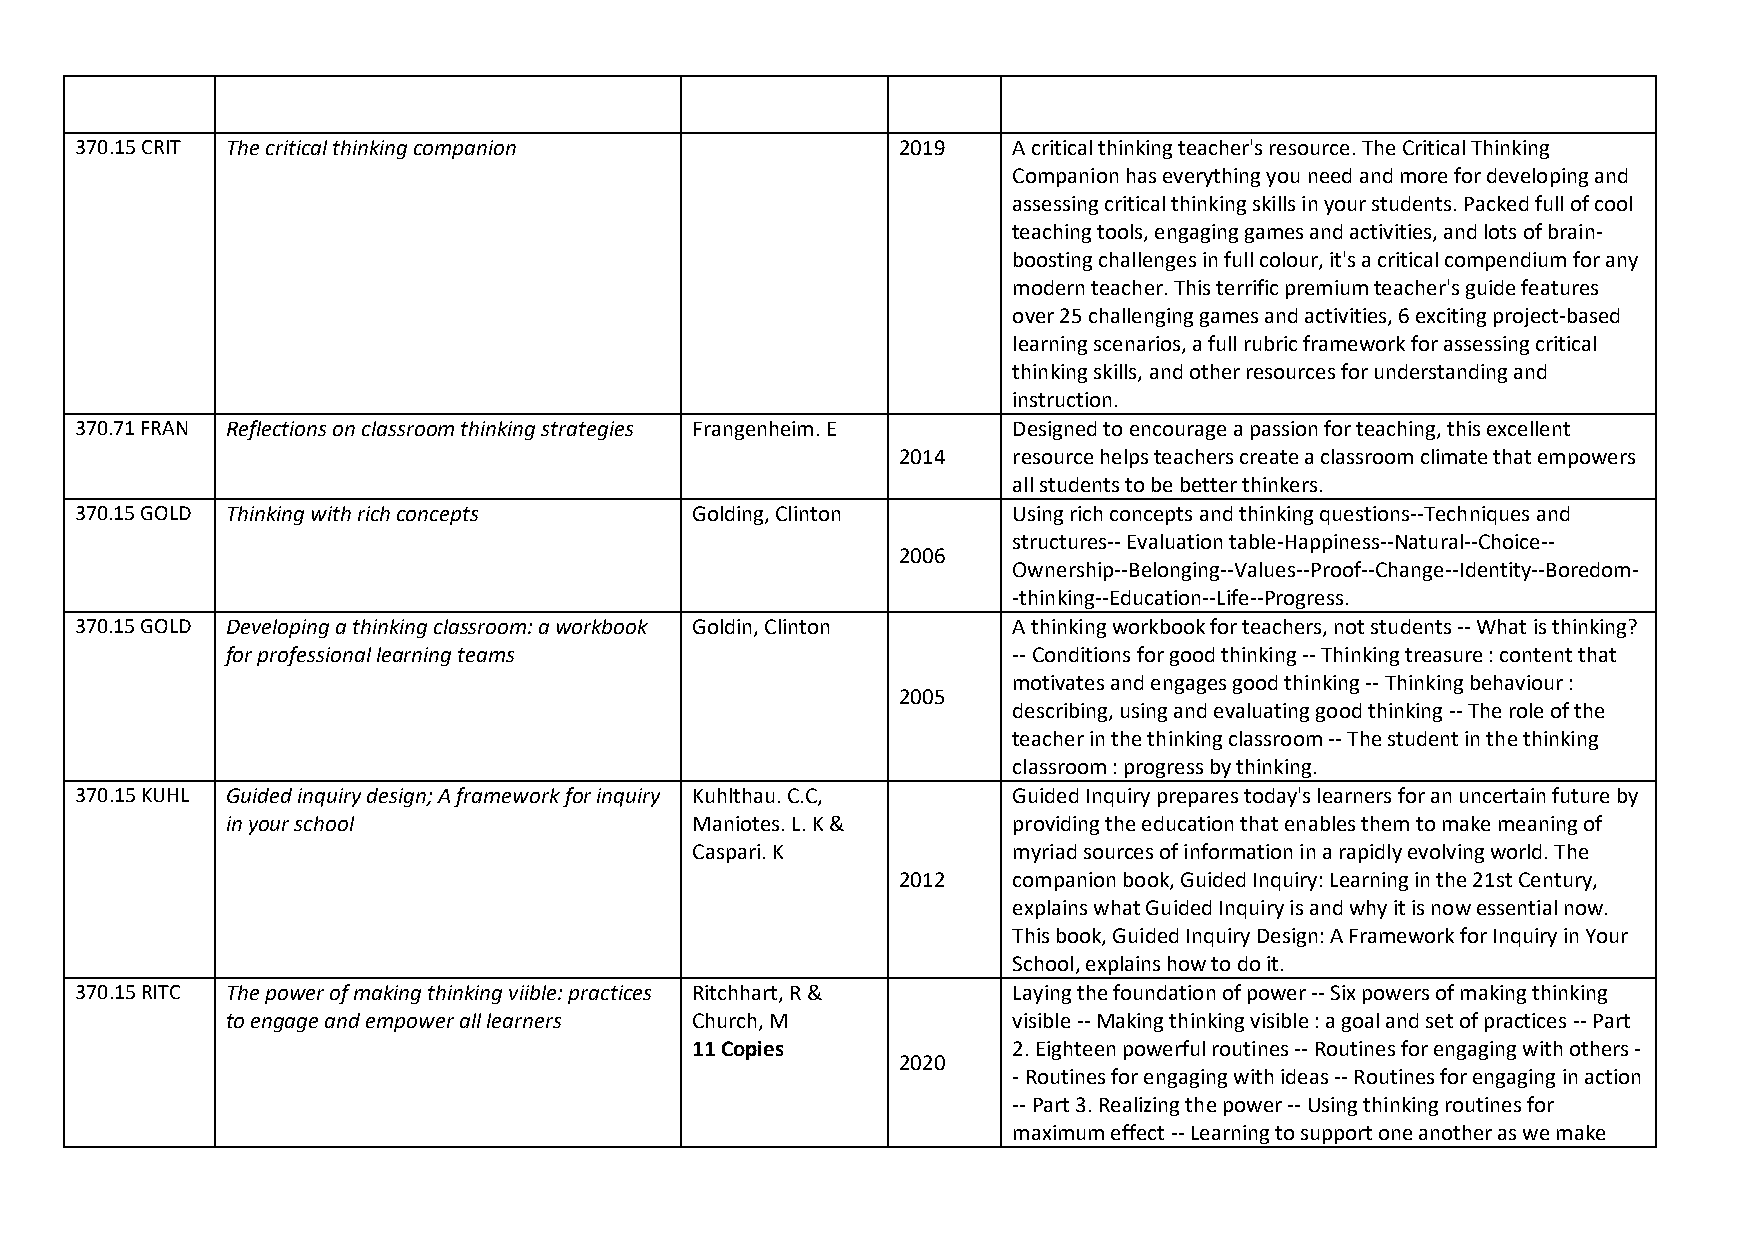
370.15 CRIT The critical thinking companion           2019    A critical thinking teacher's resource. The Critical Thinking
 Companion has everything you need and more for developing and
 assessing critical thinking skills in your students. Packed full of cool
 teaching tools, engaging games and activities, and lots of brain-
 boosting challenges in full colour, it's a critical compendium for any
 modern teacher. This terrific premium teacher's guide features
 over 25 challenging games and activities, 6 exciting project-based
 learning scenarios, a full rubric framework for assessing critical
 thinking skills, and other resources for understanding and
 instruction.
 370.71 FRAN Reflections on classroom thinking strategies Frangenheim. E Designed to encourage a passion for teaching, this excellent
 2014    resource helps teachers create a classroom climate that empowers
 all students to be better thinkers.
 370.15 GOLD Thinking with rich concepts  Golding, Clinton     Using rich concepts and thinking questions--Techniques and
 structures-- Evaluation table-Happiness--Natural--Choice--
 2006
 Ownership--Belonging--Values--Proof--Change--Identity--Boredom-
 -thinking--Education--Life--Progress.
 370.15 GOLD Developing a thinking classroom: a workbook Goldin, Clinton A thinking workbook for teachers, not students -- What is thinking?
 for professional learning teams                     -- Conditions for good thinking -- Thinking treasure : content that
 motivates and engages good thinking -- Thinking behaviour :
 2005
 describing, using and evaluating good thinking -- The role of the
 teacher in the thinking classroom -- The student in the thinking
 classroom : progress by thinking.
 370.15 KUHL Guided inquiry design; A framework for inquiry Kuhlthau. C.C, Guided Inquiry prepares today's learners for an uncertain future by
 in your school                 Maniotes. L. K &     providing the education that enables them to make meaning of
 Caspari. K           myriad sources of information in a rapidly evolving world. The
 2012    companion book, Guided Inquiry: Learning in the 21st Century,
 explains what Guided Inquiry is and why it is now essential now.
 This book, Guided Inquiry Design: A Framework for Inquiry in Your
 School, explains how to do it.
 370.15 RITC The power of making thinking viible: practices Ritchhart, R & Laying the foundation of power -- Six powers of making thinking
 to engage and empower all learners Church, M        visible -- Making thinking visible : a goal and set of practices -- Part
 11 Copies            2. Eighteen powerful routines -- Routines for engaging with others -
 2020
 - Routines for engaging with ideas -- Routines for engaging in action
 -- Part 3. Realizing the power -- Using thinking routines for
 maximum effect -- Learning to support one another as we make